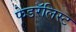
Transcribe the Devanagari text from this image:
फेडरॅलिस्ट